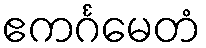
ဧကင်္ဂမေတံ